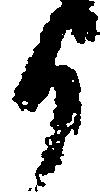
か